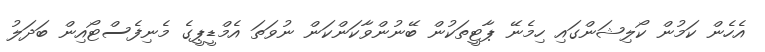
އެހެން ކަމުން ކޯލިޝަންގައި ހިމެނޭ ޕާޓީތަކުން ބޭނުންވާކަންކަން ނުވަތަ އެމްޑީޕީގެ މެނިފެސްޓޯއިން ބަދަލު